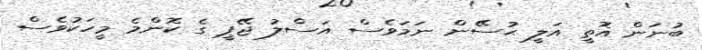
ބުނަން އޮތީ އަލީ ޙުސޭން ނަމަވެސް އަސްލު ޖޭޕީ ގެ ކޮންމެ މީހަކުވެސް